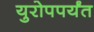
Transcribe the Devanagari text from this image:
युरोपपर्यंत